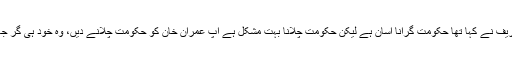
نواز شریف نے کہا تھا حکومت گرانا آسان ہے لیکن حکومت چلانا بہت مشکل ہے آپ عمران خان کو حکومت چلانے دیں، وہ خود ہی گر جائے گا۔